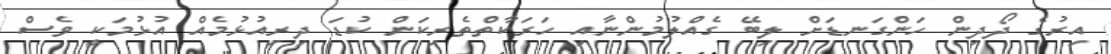
އިރުގެ ދޯދިން ހަންގަނޑަށް ލިބޭ ގެއްލުމުންނާއި ހަރަކާތްތެރިކަން ކުޑަ ދިރިއުޅުމެއް އުޅުމަކީ ވެސް